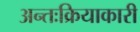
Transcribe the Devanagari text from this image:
अन्तःक्रियाकारी